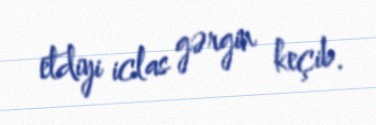
etdiyi iclas gərgin keçib.